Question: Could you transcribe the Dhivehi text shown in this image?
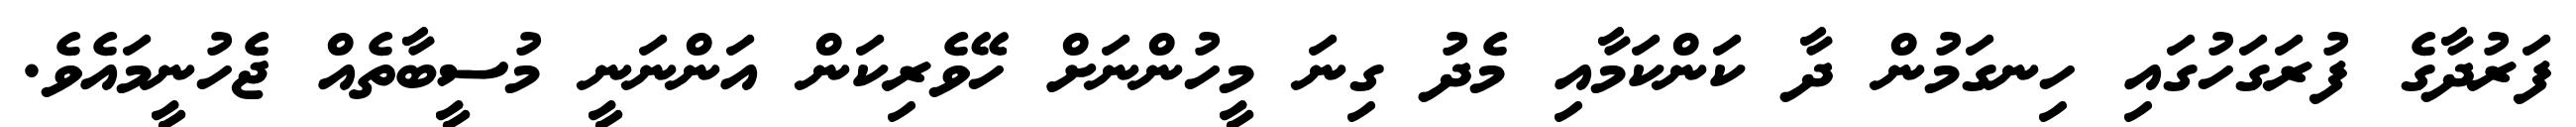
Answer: ފަރުދާގެ ފުރަގަހުގައި ހިނގަމުން ދާ ކަންކަމާއި މެދު ގިނަ މީހުންނަށް ހޭވެރިކަން އަންނަނީ މުސީބާތެއް ޖެހުނީމައެވެ.